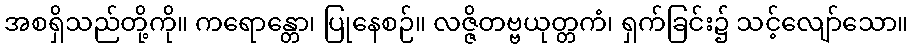
အစရှိသည်တို့ကို။ ကရောန္တော၊ ပြုနေစဉ်။ လဇ္ဇိတဗ္ဗယုတ္တကံ၊ ရှက်ခြင်း၌ သင့်လျော်သော။